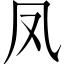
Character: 凤